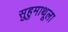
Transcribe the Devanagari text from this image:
सुहुमाथूला